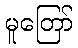
မူတြော်